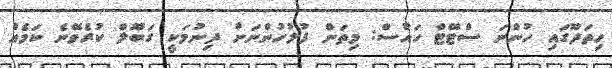
ހިތަދޫގައި ހުންނަ ސްޓޭޓް ހައުސް: މިތަން ފުލުހުންނަށް ދިނުމަކީ ގަބޫލް ކުރެވޭނެ ކަމެއް